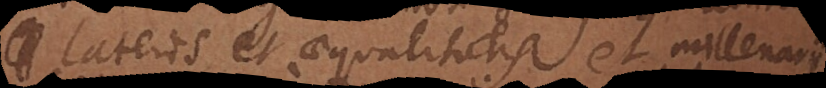
lateris et aequalitatis et millenarii